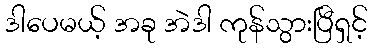
ဒါပေမယ့် အခု အဲဒါ ကုန်သွားပြီရှင့်